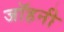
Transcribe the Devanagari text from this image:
जॉहनी